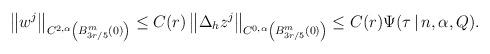
LaTeX: \begin{align*}\begin{aligned}\left\|w^j\right\|_{C^{2,\alpha}\left(B_{3r/5}^{m}(0)\right)}\leq C(r)\left\|\Delta_{h} z^j\right\|_{C^{0,\alpha}\left(B_{3r/5}^{m}(0)\right)}\leq C(r)\Psi(\tau\,|\, n,\alpha, Q).\end{aligned}\end{align*}